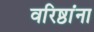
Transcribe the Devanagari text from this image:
वरिष्ठांना